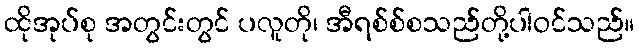
ထိုအုပ်စု အတွင်းတွင် ပလူတို၊ အီရစ်စ်စသည်တို့ပါဝင်သည်။